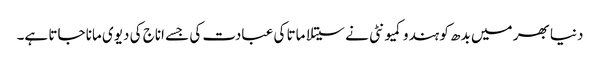
دنیا بھر میں بدھ کو ہندو کمیونٹی نے سیتلا ماتا کی عبادت کی جسے اناج کی دیوی مانا جاتا ہے۔